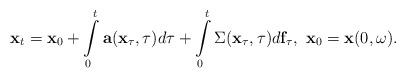
LaTeX: \begin{align*}{\bf x}_t={\bf x}_0+\int\limits_0^t {\bf a}({\bf x}_{\tau},\tau)d\tau+\int\limits_0^t \Sigma({\bf x}_{\tau},\tau)d{\bf f}_{\tau},\ {\bf x}_0={\bf x}(0,\omega).\end{align*}